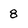
Character: 8